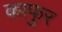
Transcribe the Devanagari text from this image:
काफुर